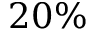
2 0 \%